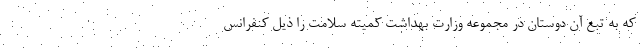
که به تبع آن دوستان در مجموعه وزارت بهداشت کمیته سلامت را ذیل کنفرانس